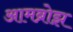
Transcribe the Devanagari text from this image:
आमब्रोझ